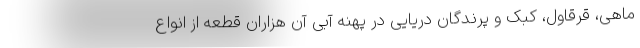
ماهی، قرقاول، کبک و پرندگان دریایی در پهنه آبی آن هزاران قطعه از انواع